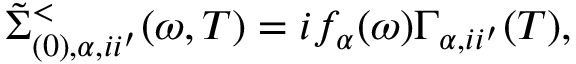
\tilde { \Sigma } _ { ( 0 ) , \alpha , i i ^ { \prime } } ^ { < } ( \omega , T ) = i f _ { \alpha } ( \omega ) \Gamma _ { \alpha , i i ^ { \prime } } ( T ) ,